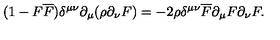
( 1 - F \overline { { F } } ) \delta ^ { \mu \nu } \partial _ { \mu } ( \rho \partial _ { \nu } F ) = - 2 \rho \delta ^ { \mu \nu } \overline { { F } } \partial _ { \mu } F \partial _ { \nu } F .